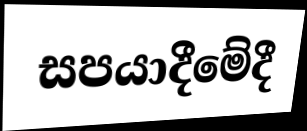
සපයාදීමේදී